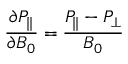
\frac { \partial P _ { \parallel } } { \partial B _ { 0 } } = \frac { P _ { \parallel } - P _ { \perp } } { B _ { 0 } }